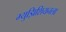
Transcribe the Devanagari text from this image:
म्युझिशियनला